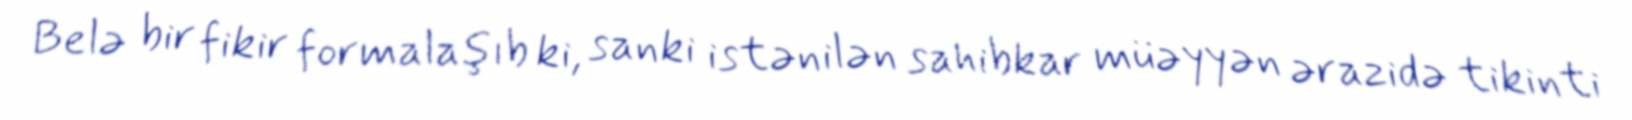
Belə bir fikir formalaşıb ki, sanki istənilən sahibkar müəyyən ərazidə tikinti